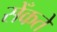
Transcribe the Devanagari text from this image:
सेँकते